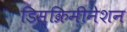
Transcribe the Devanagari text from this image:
डिस्क्रिमीनेशन